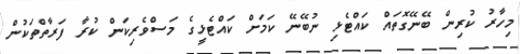
މިހާރު ކުރިން ބޭނޭގޮތައް ކައްޓެޅި ނުބޭނޭ ކަމަށް ކައްޓެޅީގެ މަސްވެރިކަން ކުރާ ފަރާތްތަކުން